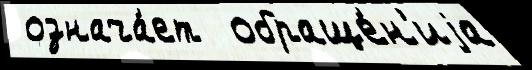
 означа́ет  обраще́н'иjа